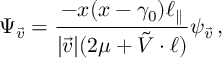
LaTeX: \Psi _ { \vec { v } } = \frac { - x ( x - \gamma _ { 0 } ) \ell _ { \parallel } } { | \vec { v } | ( 2 \mu + \tilde { V } \cdot \ell ) } \psi _ { \vec { v } } \, ,